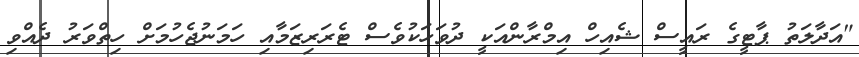
"އަދާލަތު ޕާޓީގެ ރައީސް ޝެއިހް އިމްރާންއަކީ ދުވަހަކުވެސް ޓެރަރިޒަމާއި ހަމަނުޖެހުމަށް ހިތްވަރު ދެއްވި